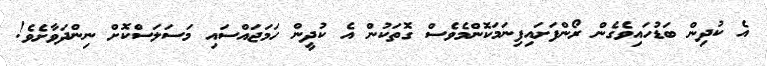
އެ ކުދިން ބަޑުހައިވެގެން ރޯންފަށައިފިނަމަކޮންމެވެސް ގޮތަކުން އެ ކުދީން ހަމަޖައްސައި މަސަލަސްކޮށް ނިންދަވާށެވެ!